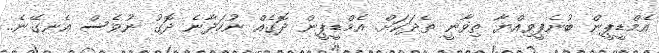
އެމްޑީޕީން ބުނެފީވިއްޔާ ތިވާނީ ތެދަކަށް. އެމްޑީޕީން ދޮގެއް ނުހަދާނެ ދޮގު ނުވެސް އެނގޭނެ..